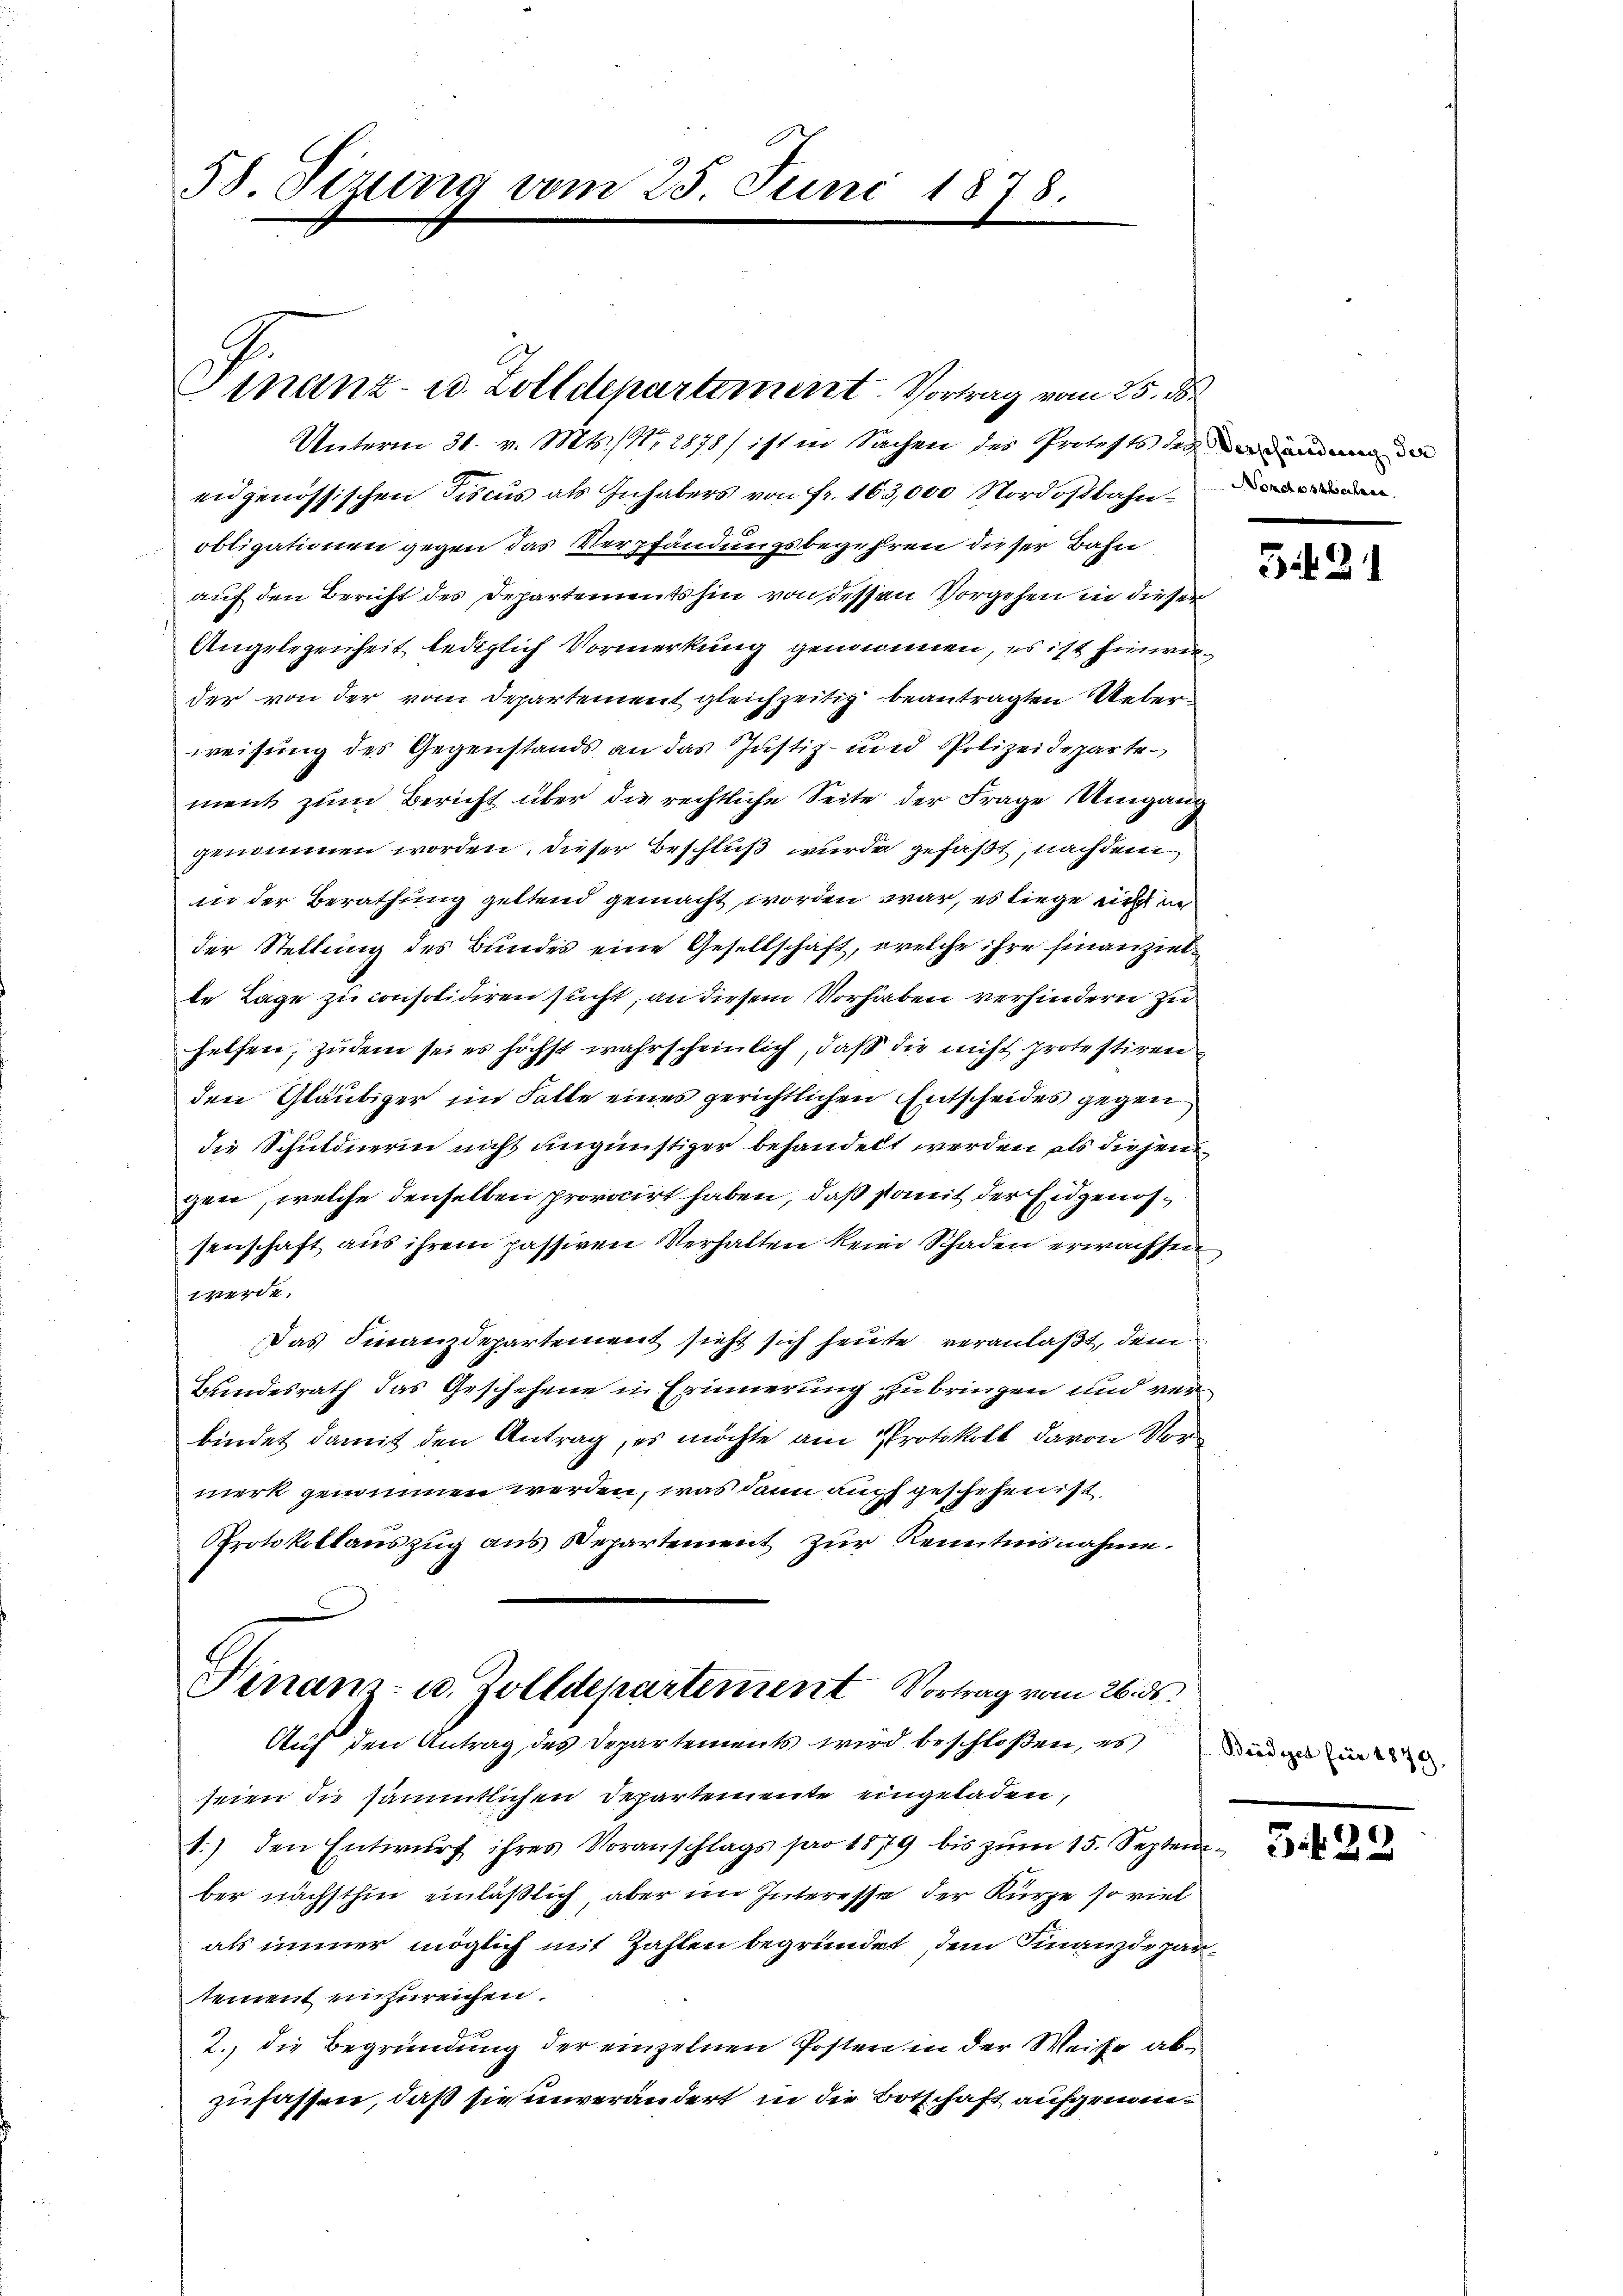
58. Sizung vom 25. Juni 1878.

Unterm 31. v. Mts., Nr. 2878/ ist in Sachen des Protests den
eidgenössischen Fiscus als Inhabers von fr. 163,000 Nordostbahnden
obligationen gegen das Verpfändungsbegehren dieser Bahn
auf den Bericht des Departements hin von dessen Vorgehen in dieser
Angelegenheit lediglich Vormerkung genommen, es ist hinwieder von der vom Departement gleichzeitig beantragten Ueberweisung des Gegenstands an das Justiz- und Polizeidepartement zum Bericht über die rechtliche Seite der Frage Umgang
genommen worden, dieser Beschluß wurde gefaßt, nachdem
in der Berathung geltend gemacht worden war, es liege nicht un
der Stellung des Bundes eine Gesellschaft, welche ihre finanzielte Lage zu consolidiren sucht, an diesem Vorhaben verhindern zu
helfen; zudem sei es höchst wahrscheinlich, daß die nicht protestiren
den Gläubiger im Falle eines gerichtlichen Entscheides gegen
die Schuldnerin nicht ungünstiger behandelt werden, als diejen
gen, welche denselben provocirt haben, daß somit der Eidgenössenschaft aus ihrem passiven Verhalten keine Schaden erwachsen
werde.
Das Finanzdepartement sieht sich heute veranlaßt, dem
Bundesrath das Geschehene in Erinnerung zu bringen und verbindet damit den Antrag, es möchte am Protokoll davon Vormerk genommen werden, was dann auch geschehen ist
Protokollauszug aus Departement zur Kenntnisnahme.
Finanz- u. Zolldepartement Vortrag vom 26. ds.
Auf den Antrag des Departements wird beschloßen, es
seien die sämmtlichen Departemente eingeladen,
1.) den Entwŭrf ihres Voranschlags pro 1879 bis zŭm 15. Septem-
ber nächsthin einläßlich aber im Interesse der Kürze so viel
als immer möglich mit Zahlen begründet, dem Finanzdepartement einzureichen.
2. die Begründung der einzelnen Posten in der Weise abzufassen, daß sie unverändert in die Botschaft aufgenom¬

inanz- u. Zolldepartement. Vortrag vom 25. ds.

5491

Bridget für 1879

3.t 29